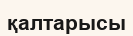
қалтарысы